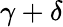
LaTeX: \gamma+\delta